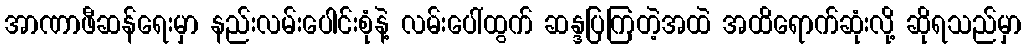
အာဏာဖီဆန်ရေးမှာ နည်းလမ်းပေါင်းစုံနဲ့ လမ်းပေါ်ထွက် ဆန္ဒပြကြတဲ့အထဲ အထိရောက်ဆုံးလို့ ဆိုရသည်မှာ